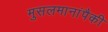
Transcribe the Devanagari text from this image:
मुसलमानांपैकी